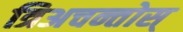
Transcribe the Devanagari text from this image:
त्रिअचन्तोस्